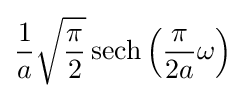
{\frac {1}{a}}{\sqrt {\frac {\pi }{2}}}\operatorname {sech} \left({\frac {\pi }{2a}}\omega \right)